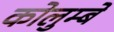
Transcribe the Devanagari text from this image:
कोलुम्बे